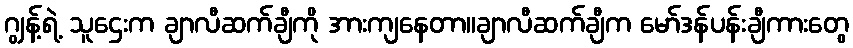
ဂျွန့်ရဲ့ သူဌေးက ချာလီဆက်ချီကို အားကျနေတာ။ချာလီဆက်ချီက မော်ဒန်ပန်းချီကားတွေ